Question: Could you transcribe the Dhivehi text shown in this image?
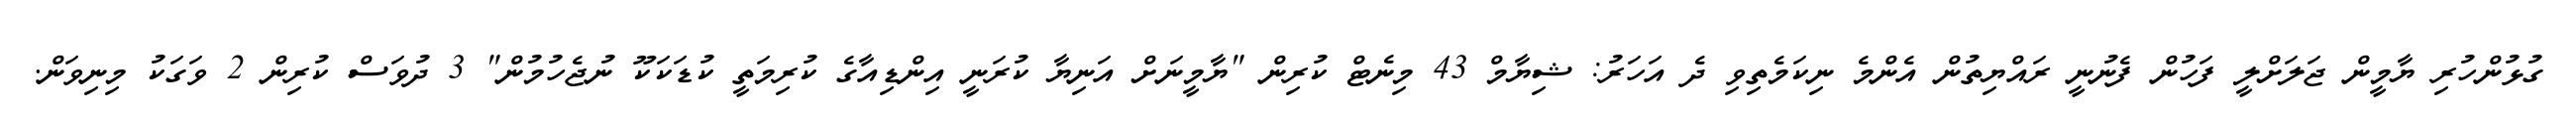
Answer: ގުޅުންހުރި ޔާމީން ޖަލަށްލީ ފަހުން ފެނުނީ ރައްޔިތުން އެންމެ ނިކަމެތިވި ދެ އަހަރު: ޝިޔާމް 43 މިނެޓް ކުރިން "ޔާމީނަށް އަނިޔާ ކުރަނީ އިންޑިއާގެ ކުރިމަތީ ކުޑަކަކޫ ނުޖެހުމުން" 3 ދުވަސް ކުރިން 2 ވަގަކު މިނިވަން.